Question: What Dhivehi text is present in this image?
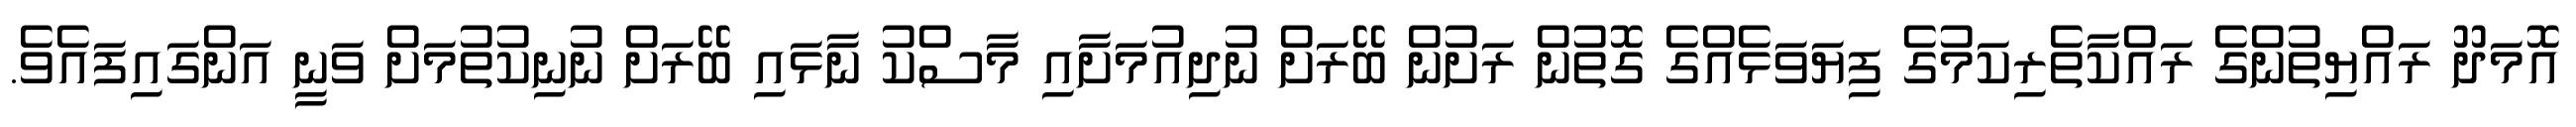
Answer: އޮމަދޫ ރައްޔިތުންގެ ރައްކާތެރިކަމުގެ ފިޔަވަޅެއްގެ ގޮތުން ރަށުން ބޭރަށް ނުދިއުމަށާއި މާސްކު ނާޅައި ބޭރަށް ނުނިކުތުމަށް ވަނީ އަންގައިފައެވެ.